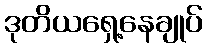
ဒုတိယရှေ့နေချုပ်